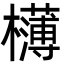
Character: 欂